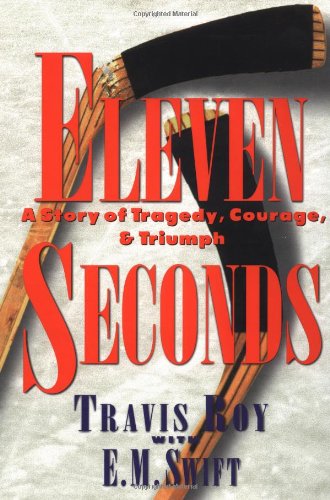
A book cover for Eleven Seconds:  A Story of Tragedy, Courage & Triumph; Travis Roy; Biographies & Memoirs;